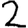
Digit: 2